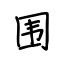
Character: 围